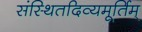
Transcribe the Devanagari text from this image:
संस्थितदिव्यमूर्तिम्